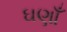
ઘણાઁ